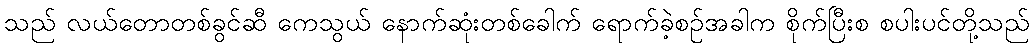
သည် လယ်တောတစ်ခွင်ဆီ ကေသွယ် နောက်ဆုံးတစ်ခေါက် ရောက်ခဲ့စဉ်အခါက စိုက်ပြီးစ စပါးပင်တို့သည်